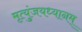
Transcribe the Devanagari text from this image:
मृत्युंजयध्यानम्‌